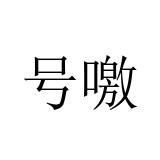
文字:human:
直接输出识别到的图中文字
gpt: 号噭